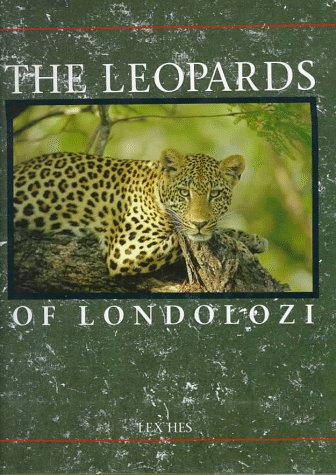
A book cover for The Leopards of Londolozi; Lex Hes; Travel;